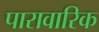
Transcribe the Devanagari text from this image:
पारावारिक